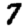
Digit: 7